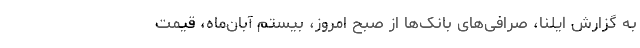
به گزارش ایلنا، صرافی‌های بانک‌ها از صبح امروز، بیستم آبان‌ماه، قیمت